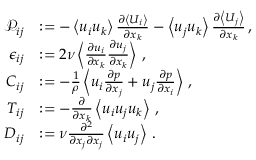
\begin{array} { r l } { \mathcal { P } _ { i j } } & { : = - \left< u _ { i } u _ { k } \right> \frac { \partial \left< U _ { i } \right> } { \partial x _ { k } } - \left< u _ { j } u _ { k } \right> \frac { \partial \left< U _ { j } \right> } { \partial x _ { k } } \, , } \\ { \epsilon _ { i j } } & { : = 2 \nu \left< \frac { \partial u _ { i } } { \partial x _ { k } } \frac { \partial u _ { j } } { \partial x _ { k } } \right> \, , } \\ { C _ { i j } } & { : = - \frac { 1 } { \rho } \left< u _ { i } \frac { \partial p } { \partial x _ { j } } + u _ { j } \frac { \partial p } { \partial x _ { i } } \right> \, , } \\ { T _ { i j } } & { : = - \frac { \partial } { \partial x _ { k } } \left< u _ { i } u _ { j } u _ { k } \right> \, , } \\ { D _ { i j } } & { : = \nu \frac { \partial ^ { 2 } } { \partial x _ { j } \partial x _ { j } } \left< u _ { i } u _ { j } \right> \, . } \end{array}